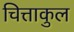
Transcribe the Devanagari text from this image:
चित्ताकुल